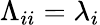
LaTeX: \Lambda_{ii}=\lambda_{i}